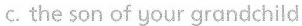
c. the son of your grandchild